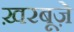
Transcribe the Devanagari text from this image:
ख़रबूज़े